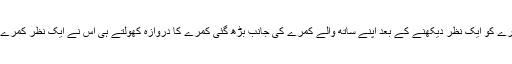
وہ اپنے کمرے کو ایک نظر دیکھنے کے بعد اپنے ساتھ والے کمرے کی جانب بڑھ گئی کمرے کا دروازہ کھولتے ہی اُس نے ایک نظر کمرے پر دوڑائی۔